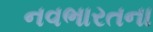
નવભારતના